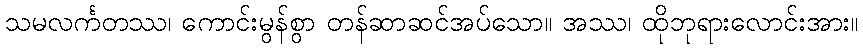
သမလင်္ကတဿ၊ ကောင်းမွန်စွာ တန်ဆာဆင်အပ်သော။ အဿ၊ ထိုဘုရားလောင်းအား။